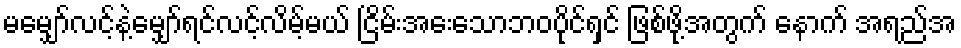
မမျှော်လင့်နဲ့မျှော်ရင်လင့်လိမ့်မယ် ငြိမ်းအေးသောဘဝပိုင်ရှင် ဖြစ်ဖို့အတွက် နောက် အရည်အ